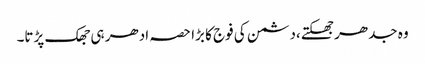
وہ جدھر جھکتے،دشمن کی فوج کا بڑا حصہ ادھر ہی جھک پڑتا۔